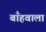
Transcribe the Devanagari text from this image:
बाँहवाला